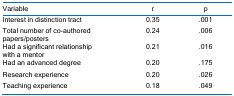
<table><thead><tr><td><b>Variable</b></td><td><b>r</b></td><td><b>p</b></td></tr></thead><tbody><tr><td>Interest in distinction tract</td><td>0.35</td><td>.001</td></tr><tr><td>Total number of co-authoredpapers/posters</td><td>0.24</td><td>.006</td></tr><tr><td>Had a significant relationshipwith a mentor</td><td>0.21</td><td>.016</td></tr><tr><td>Had an advanced degree</td><td>0.20</td><td>.175</td></tr><tr><td>Research experience</td><td>0.20</td><td>.026</td></tr><tr><td>Teaching experience</td><td>0.18</td><td>.049</td></tr></tbody></table>